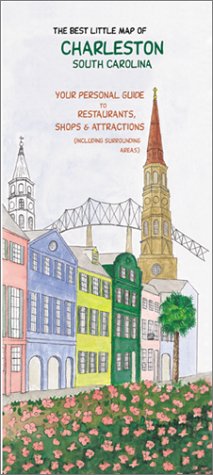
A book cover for The Best Little Map of Charleston, S.C.; Navigator Maps; Travel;